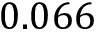
0 . 0 6 6